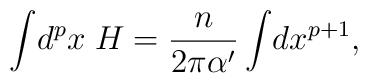
\int\! d^px\;  H = \frac{n}{2\pi\alpha^\prime} \int\! dx^{p+1},